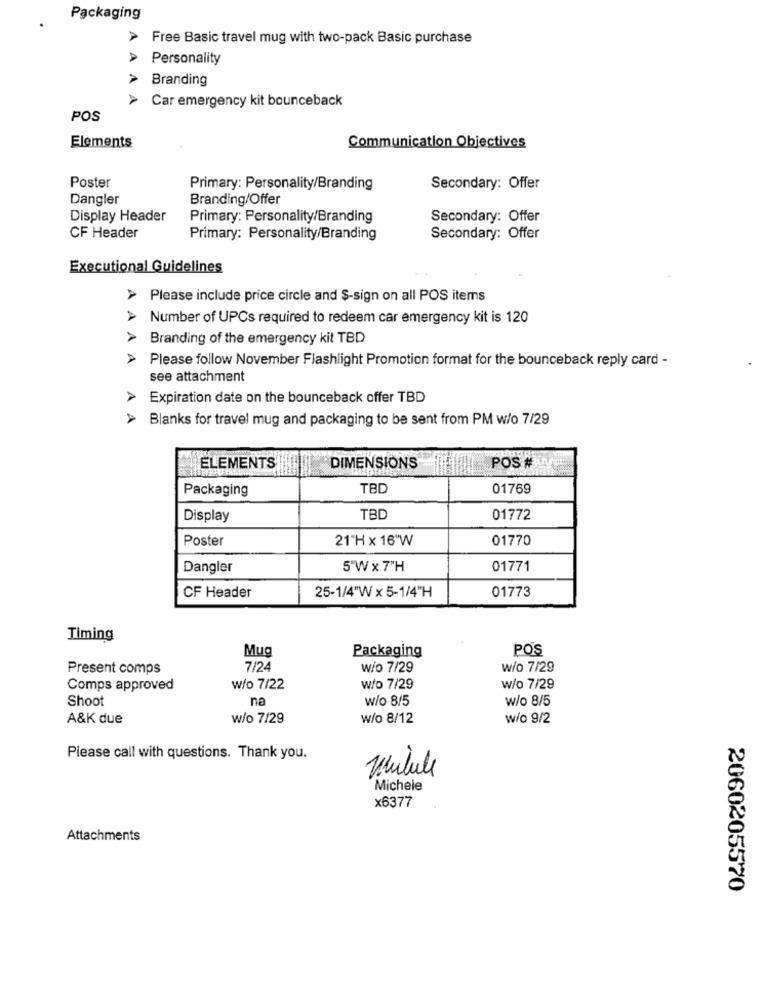
Packaging
Free Basic travel mug with two-pack Basic purchase
Personality
> Branding
Car emergency kit bounceback
POS
Elements
Communication Objectives
Poster
Primary: Personality/Branding
Secondary: Offer
Dangler
Branding/Offer
Display Header
Primary: Personality/Branding
Secondary: Offer
CF Header
Primary: Personality/Branding
Secondary: Offer
Executional Guidelines
> Please include price circle and $-sign on all POS items
Number of UPCs required to redeem car emergency kit is 120
Branding of the emergency kit TBD
Please follow November Flashlight Promotion format for the bounceback reply card -
see attachment
> Expiration date on the bounceback offer TBD
> Blanks for travel mug and packaging to be sent from PM w/o 7/29
ELEMENTS
DIMENSIONS
POS #
Packaging
TBD
01769
Display
TBD
01772
Poster
21"H x 16"W
01770
Dangler
5"W x 7"H
01771
01773
CF Header
25-1/4"Wx 5-1/4"H
Timing
Mug
Packaging
POS
Present comps
7/24
w/o 7/29
w/o 7/29
Comps approved
w/o 7/22
w/o 7/29
w/o 7/29
Shoot
na
W/o 8/5
w/o 8/5
A&K due
w/o 7/29
w/o 8/12
w/o 9/2
Please call with questions. Thank you.
Mutuele
Michele
x6377
Attachments
2060205570